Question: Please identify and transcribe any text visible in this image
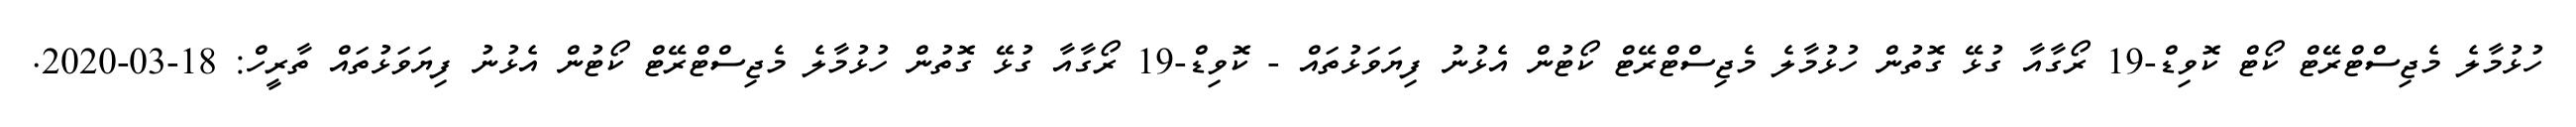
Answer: ހުޅުމާލެ މެޖިސްޓްރޭޓް ކޯޓް ކޮވިޑް-19 ރޯގާއާ ގުޅޭ ގޮތުން ހުޅުމާލެ މެޖިސްޓްރޭޓް ކޯޓުން އެޅުނު ފިޔަވަޅުތައް - ކޮވިޑް-19 ރޯގާއާ ގުޅޭ ގޮތުން ހުޅުމާލެ މެޖިސްޓްރޭޓް ކޯޓުން އެޅުނު ފިޔަވަޅުތައް ތާރީހް: 18-03-2020.